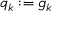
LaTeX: q _ { k } : = g _ { k }